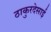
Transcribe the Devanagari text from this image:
ठाकुरदेसाई